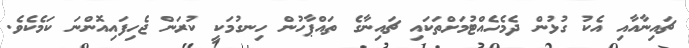
ޗައިނާއާއި އެކު ގުޅުން ދެމެހެއްޓުމަށްތަކައި ޗައިނާގެ ތައްޕާހުން ހިނގުމަކީ ކުރަން ޖެހިފައިއޮންނަ ކަމެކެވެ.